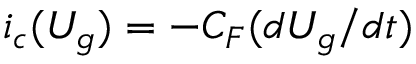
i _ { c } ( U _ { g } ) = - C _ { F } ( d U _ { g } / d t )